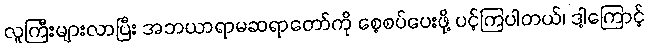
လူကြီးများလာပြီး အဘယာရာမဆရာတော်ကို စေ့စပ်ပေးဖို့ ပင့်ကြပါတယ်၊ ဒါ့ကြောင့်